system: You are a helpful assistant.
user:
Analyze the provided spectrum to determine if it is a **S-type Star**.

- **Key Indicators for S-type Star:**

    - **(Overall Spectrum Shape):** The first and most obvious characteristic is the overall continuum (the "baseline" shape). It is **extremely "red-sloping,"** meaning the flux (light intensity) is very low on the left side (blue, ~4000-4500 Å) and rises steeply and continuously toward the right side (red, ~7000 Å+).

    - **(Primary):** The spectrum is defined by the presence of strong, broad molecular absorption "valleys" (bands) from **Zirconium Oxide (ZrO)**. The identification of these bands is the **primary requirement** for classifying a star as S-type.
        - **(Key Bandheads):** You must find distinct, deep "dips" where the light has been absorbed. The most critical band systems to locate are:
            - **~6474 Å** ($\gamma$-system): This is often the strongest and clearest ZrO feature, found in the red part of the spectrum.
            - **~5718 Å** & **~5551 Å** ($\beta$-system): A pair of prominent absorption features in the yellow-orange part of the spectrum.
            - **~4640 Å** ($\alpha$-system): A key absorption band system in the blue-green region of the spectrum.

    - **(Secondary Confirmation):** The classification is strengthened by finding additional absorption bands from other related heavy element oxides, which are expected to be present alongside ZrO.
        - **(Key Bandheads):**
            - **Yttrium Oxide (YO):** Look for absorption dips near **~4800 Å** and **~6100 Å**.
            - **Lanthanum Oxide (LaO):** Additional absorption features, particularly in the red-orange part of the spectrum, are also characteristic.

    - **(Line Profile):** The combination of the steep red continuum and these numerous, deep molecular bands (ZrO, YO, etc.) gives the entire spectrum a very **"chopped-up"** or **"bumpy"** appearance. Instead of a smooth curve, the spectrum looks as though large, wide chunks of light have been "carved out" of it at the specific wavelengths listed above.

Think first, call **spectral_visualization_tool** if needed to examine features in detail, then provide your final answer. Your response must adhere to the following strict rules:
1.  **Overall Structure:** Your response must follow the format `<think>...</think> <tool_call>...</tool_call> (if a tool is used) <answer>...</answer>`.
2.  **Tool Usage Constraint:** You may only make **one** tool call per turn.
3.  **Final Answer Format:** In the `<answer>` tag, your conclusion must be inside a `\boxed{}` command (e.g., `\boxed{YES}` or `\boxed{NO}`), followed by your justification.

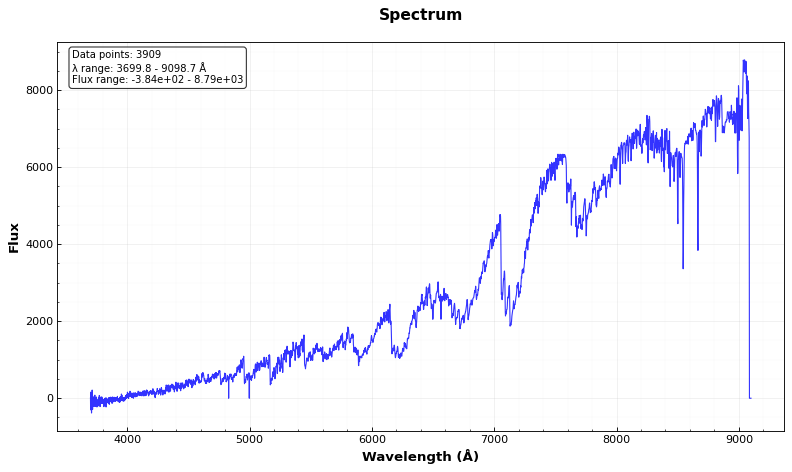
Answer: YES